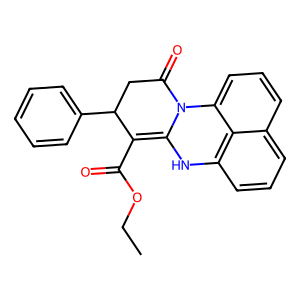
SMILES: CCOC(=O)C1=C2Nc3cccc4cccc(c34)N2C(=O)CC1c1ccccc1
Inhibits HIV replication: No